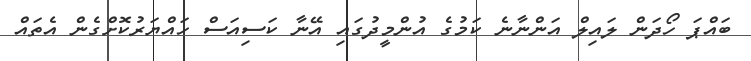
ބައްޕަ ހޯދަން ލައިލް އަންނާނެ ކަމުގެ އުންމީދުގައި އޭނާ ކަސިއަސް ހައްޔަރުކޮށްގެން އެތައް